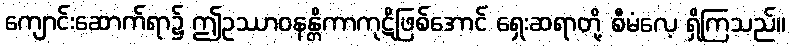
ကျောင်းဆောက်ရာ၌ ဤဥဿာဝနန္တိကာကုဋိဖြစ်အောင် ရှေးဆရာတို့ စီမံလေ့ ရှိကြသည်။